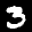
Label: 3